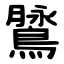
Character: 䳮